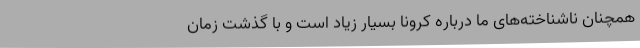
همچنان ناشناخته‌های ما درباره کرونا بسیار زیاد است و با گذشت زمان